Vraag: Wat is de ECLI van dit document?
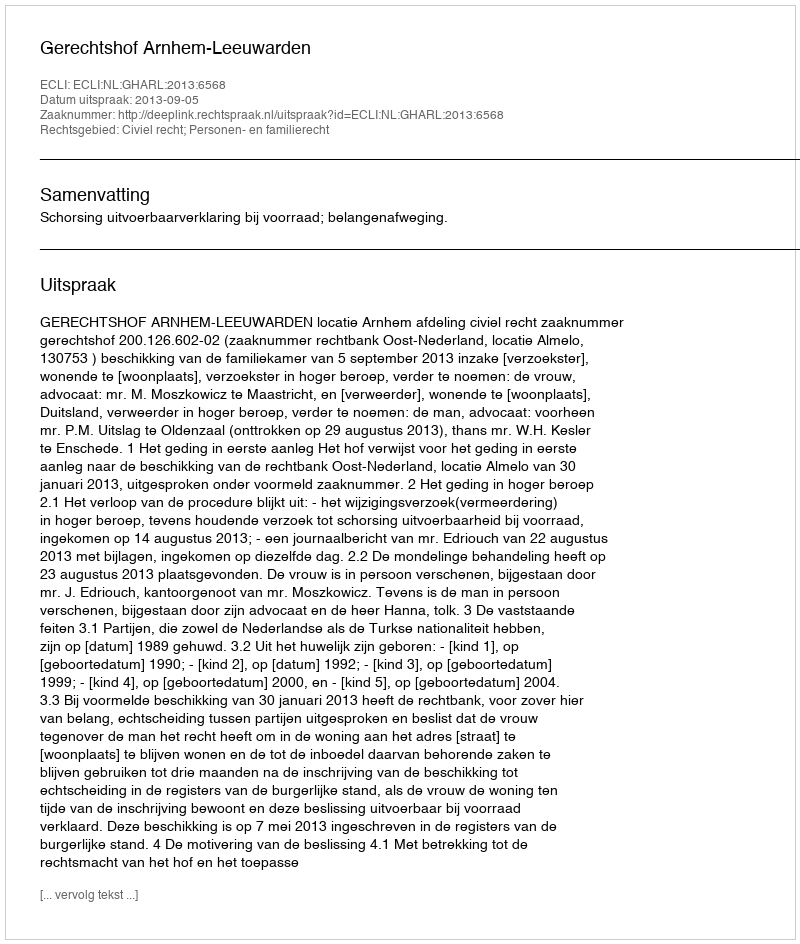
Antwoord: ECLI:NL:GHARL:2013:6568